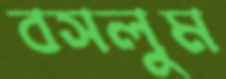
বসলুম